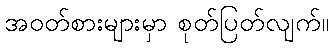
အဝတ်စားများမှာ စုတ်ပြတ်လျက်။